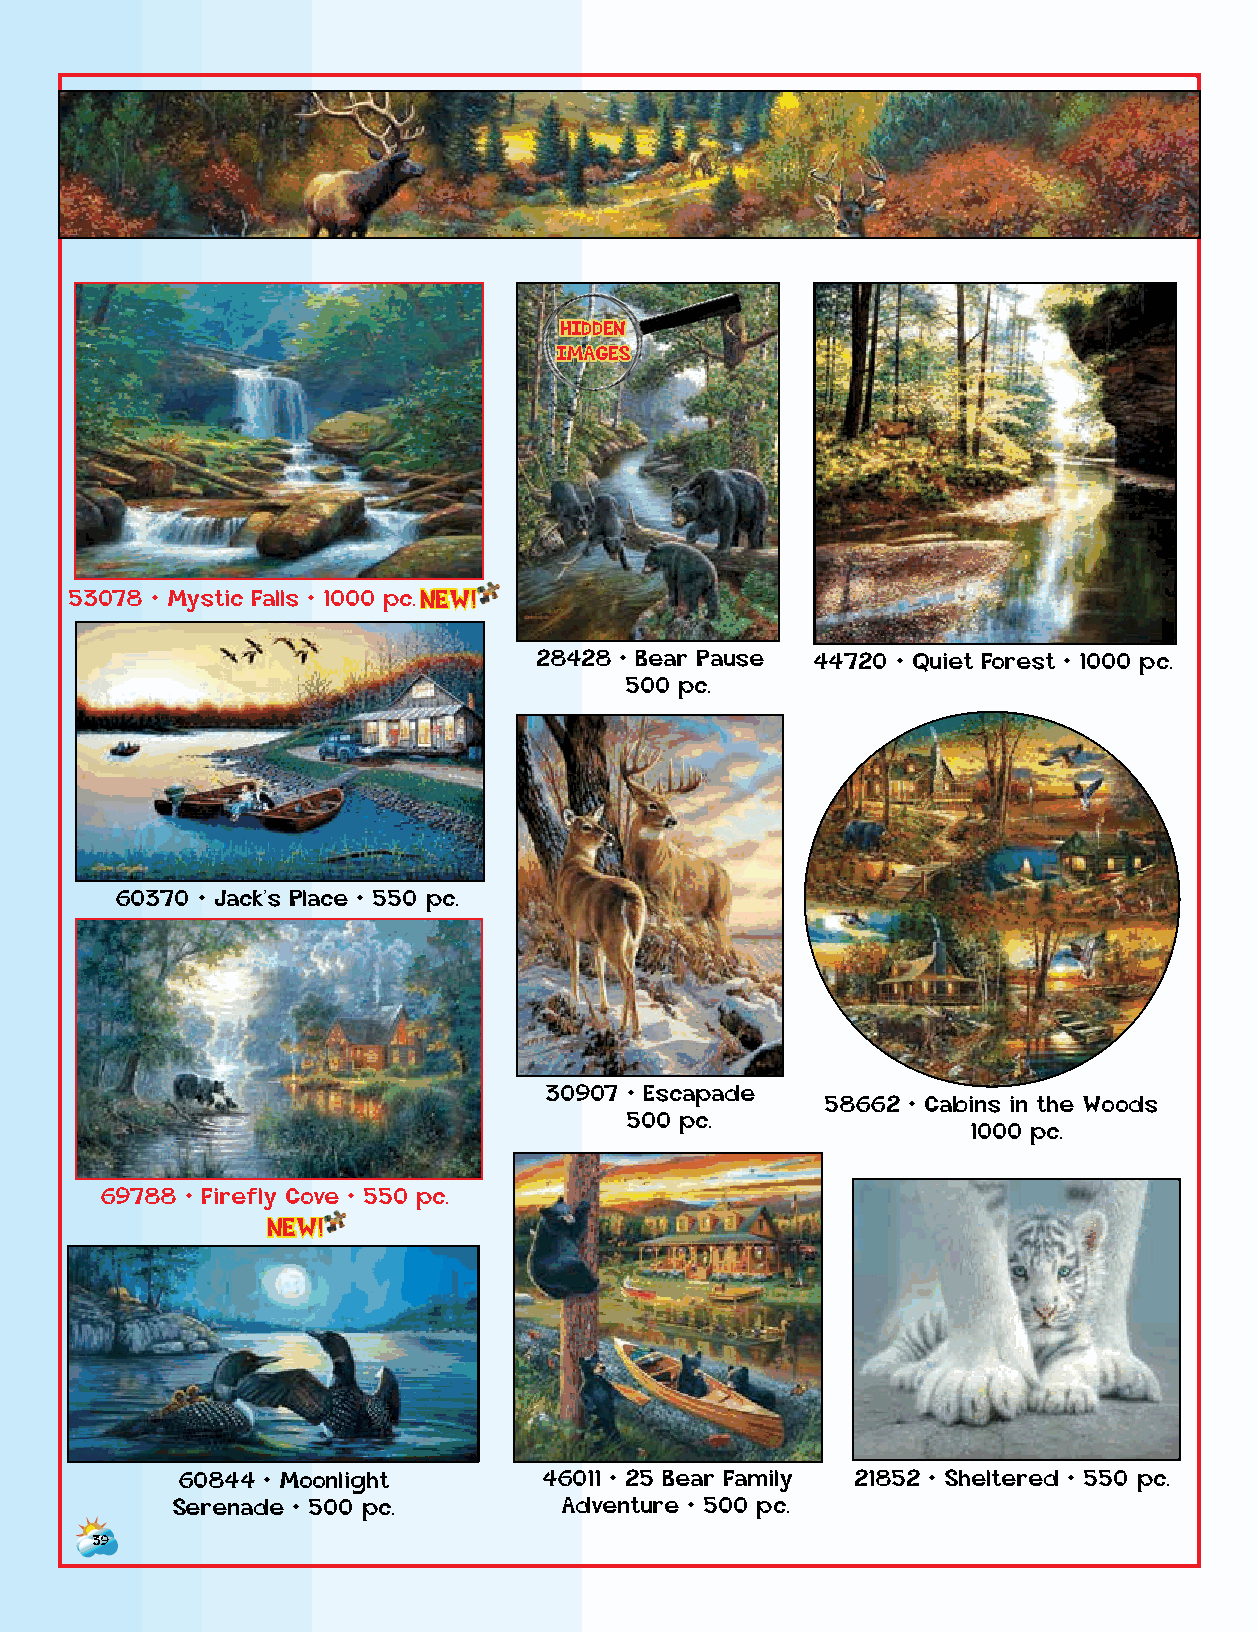
HIDDEN
 IMAGES
 53078 • Mystic Falls • 1000 p c . NEW!
 28428 • Bear Pause 44720 • Quiet Forest • 1000 pc.
 500 pc.
 60370 • Jack’s Place • 550 pc.
 30907 • Escapade
 58662 • Cabins in the Woods
 500 pc.
 1000 pc.
 69788 • Firefly Cove • 550 pc.
 NEW!
 60844 • Moonlight       46011 • 25 Bear Family 21852 • Sheltered • 550 pc.
 Serenade • 500 pc.        Adventure • 500 pc.                                 50169 • Creekside Neighbors
 500 pc.
 39